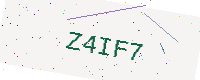
Text: Z4IF7